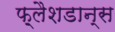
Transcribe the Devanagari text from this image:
फ़्लैशडान्स